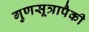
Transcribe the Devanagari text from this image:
गुणसूत्रापैकी